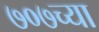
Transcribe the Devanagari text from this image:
७०७च्या